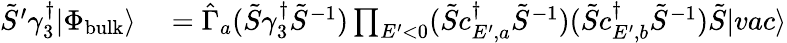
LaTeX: \begin{array}{rl}{\tilde{S}^{\prime}\gamma_{3}^{\dagger}|\Phi_{\mathrm{bulk}}\rangle}&{{}=\hat{\Gamma}_{a}(\tilde{S}\gamma_{3}^{\dagger}\tilde{S}^{-1})\prod_{E^{\prime}<0}(\tilde{S}c_{E^{\prime},a}^{\dagger}\tilde{S}^{-1})(\tilde{S}c_{E^{\prime},b}^{\dagger}\tilde{S}^{-1})\tilde{S}|vac\rangle}\end{array}